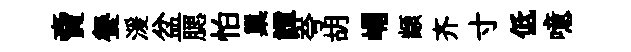
𧶠餐湲盆腮怕巢譚夸胡嵋顓齐寸低噫